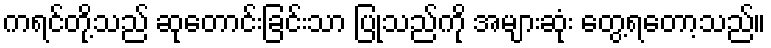
ကရင်တို့သည် ဆုတောင်းခြင်းသာ ပြုသည်ကို အများဆုံး တွေ့ရတော့သည်။